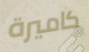
كاميرة